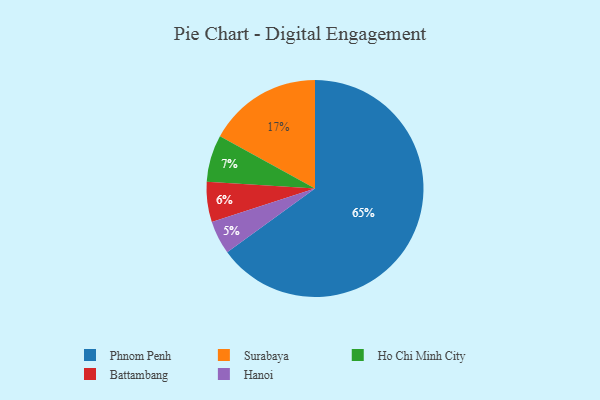
{"axis": {"x": "Category", "y": "Percentage"}, "legend": ["Battambang", "Hanoi", "Ho Chi Minh City", "Phnom Penh", "Surabaya"], "data": [{"x": "Battambang", "y": 6, "type": "Battambang"}, {"x": "Phnom Penh", "y": 65, "type": "Phnom Penh"}, {"x": "Ho Chi Minh City", "y": 7, "type": "Ho Chi Minh City"}, {"x": "Hanoi", "y": 5, "type": "Hanoi"}, {"x": "Surabaya", "y": 17, "type": "Surabaya"}]}